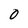
Character: 0